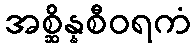
အစ္ဆိန္နစီဝရကံ